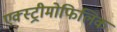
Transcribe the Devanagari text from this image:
एक्स्ट्रीमोफिलिक